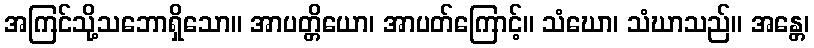
အကြင်သို့သဘောရှိသော။ အာပတ္တိယော၊ အာပတ်ကြောင့်။ သံဃော၊ သံဃာသည်။ အန္တေ၊